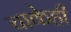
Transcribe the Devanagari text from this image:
चाकेही